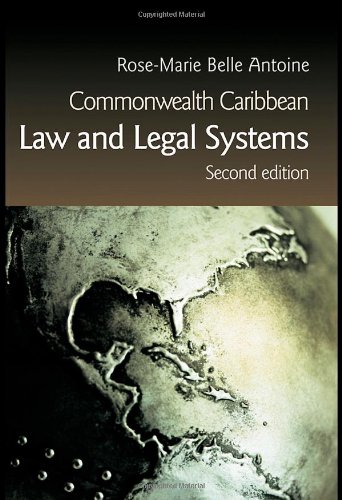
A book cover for Commonwealth Caribbean Law and Legal Systems; Rose-Marie Belle Antoine; Law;